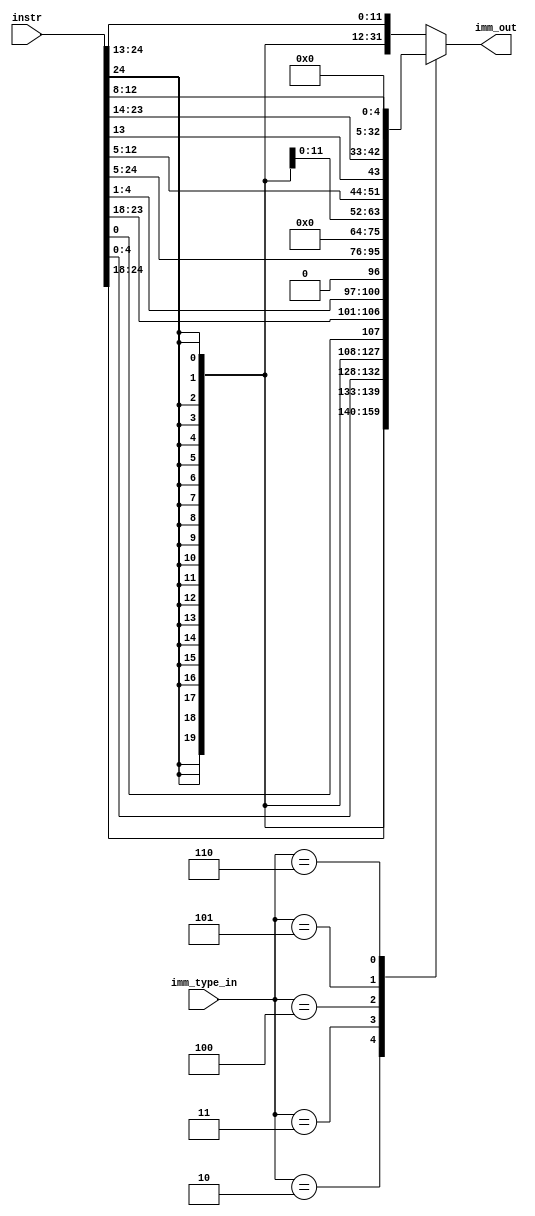
module msrv32_imm_generator(input [31:7] instr,input [6:4] imm_type_in,output reg [31:0] imm_out);
always @(*)
begin
	case(imm_type_in)
		3'b001 : imm_out = {{20{instr[31]}},instr[31:20]};
		3'b010 : imm_out = {{20{instr[31]}},instr[31:25],instr[11:7]};
		3'b011 : imm_out = {{20{instr[31]}},instr[7],instr[30:25],instr[11:8],1'b0};
		3'b100 : imm_out = {instr[31:12],12'h000};
		3'b101 : imm_out = {{12{instr[31]}},instr[19:12],instr[20],instr[30:21],1'b0};
		3'b110 : imm_out = {27'b0,instr[19:15]};
		default : imm_out = {{20{instr[31]}},instr[31:20]};
	endcase
end

endmodule